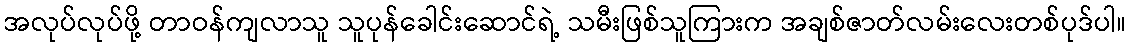
အလုပ်လုပ်ဖို့ တာဝန်ကျလာသူ သူပုန်ခေါင်းဆောင်ရဲ့ သမီးဖြစ်သူကြားက အချစ်ဇာတ်လမ်းလေးတစ်ပုဒ်ပါ။